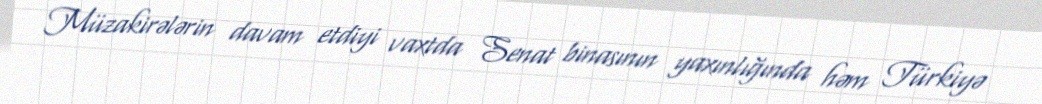
Müzakirələrin davam etdiyi vaxtda Senat binasının yaxınlığında həm Türkiyə